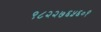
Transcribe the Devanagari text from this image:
९८२२७६५६०१